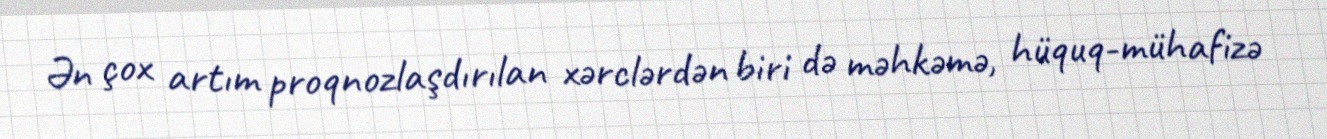
Ən çox artım proqnozlaşdırılan xərclərdən biri də məhkəmə, hüquq-mühafizə